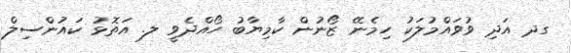
ގދ އަދި ވުވައްމުލަކު ހިމެނޭ ޒޯނުން ކާމިޔާބު ހޯއްދެވީ ލ. އަތޮޅު ކައުންސިލް